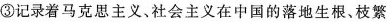
③记录着马克思主义、社会主义在中国的落地生根、枝繁